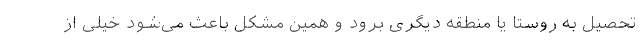
تحصیل به روستا یا منطقه دیگری برود و همین مشکل باعث می‌شود خیلی از